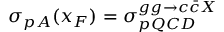
\sigma _ { p A } ( x _ { F } ) = \sigma _ { p Q C D } ^ { g g \to c \bar { c } X }